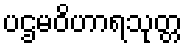
ပဌမဝိဟာရသုတ္တ